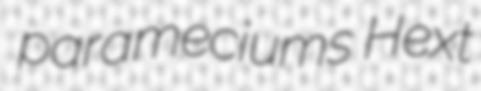
parameciums Hext